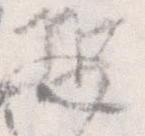
恐